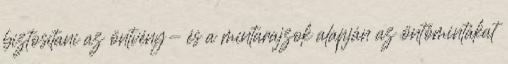
biztosítani az öntvény- és a mintarajzok alapján az öntőmintákat